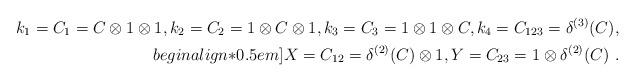
LaTeX: \begin{align*} k_1=C_1=C\otimes 1\otimes 1,k_2=C_2=1\otimes C\otimes 1, k_3=C_3=1\otimes 1\otimes C,k_4=C_{123}=\delta^{(3)}(C),\\begin{align*}0.5em] X=C_{12}=\delta^{(2)}(C)\otimes 1,Y=C_{23}=1\otimes \delta^{(2)}(C)\ .\end{align*}